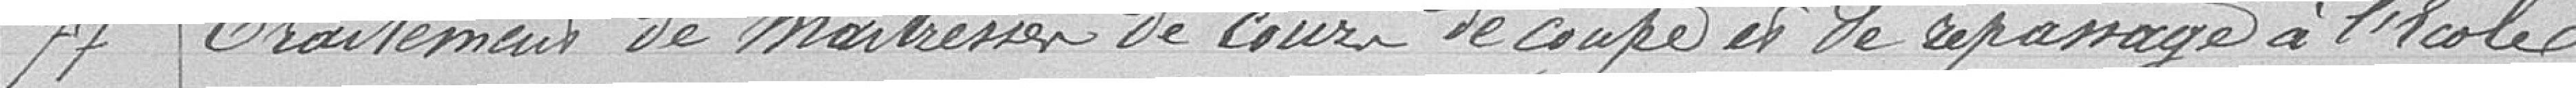
77 Traitement de maîtresses de cours de coupe et de repassage à l'école